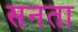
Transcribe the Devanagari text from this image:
सनता